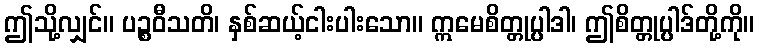
ဤသို့လျှင်။ ပဉ္စဝီသတိ၊ နှစ်ဆယ့်ငါးပါးသော။ ဣမေစိတ္တုပ္ပါဒါ၊ ဤစိတ္တုပ္ပါဒ်တို့ကို။